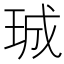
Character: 珹